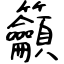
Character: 籲